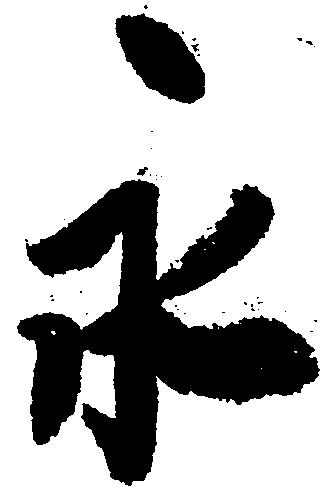
永